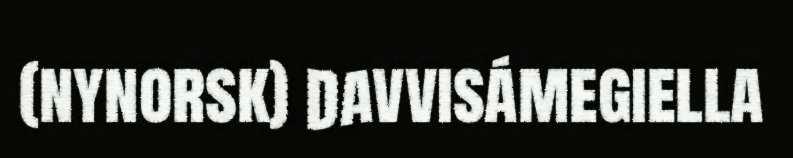
(nynorsk) Davvisámegiella